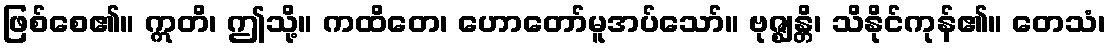
ဖြစ်စေ၏။ ဣတိ၊ ဤသို့။ ကထိတေ၊ ဟောတော်မူအပ်သော်။ ဗုဇ္ဈန္တိ၊ သိနိုင်ကုန်၏။ တေသံ၊